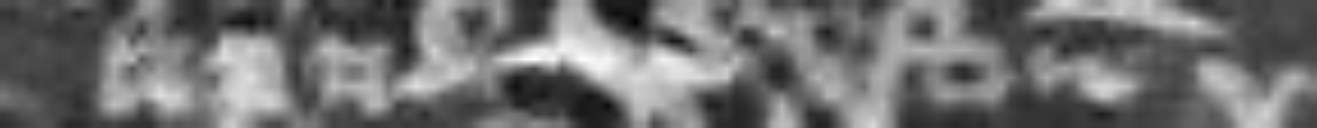
apud Westmonasterium